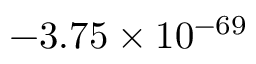
- 3 . 7 5 \times 1 0 ^ { - 6 9 }